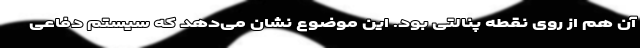
آن هم از روی نقطه پنالتی بود. این موضوع نشان می‌دهد که سیستم دفاعی